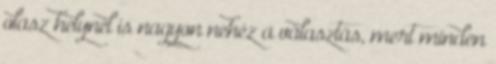
olasz helynél is nagyon nehéz a választás, mert minden